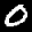
Label: 0